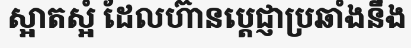
ស្អាតស្អំ ដែលហ៊ានប្តេជ្ញាប្រឆាំងនឹង